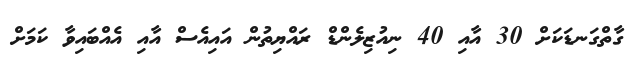
ގާތްގަނޑަކަށް 30 އާއި 40 ނިއުޒިލެންޑް ރައްޔިތުން އައިއެސް އާއި އެއްބައިވާ ކަމަށް